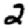
Digit: 2